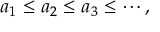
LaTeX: a _ { 1 } \leq a _ { 2 } \leq a _ { 3 } \leq \cdots ,